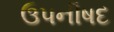
ઉપનીષદ